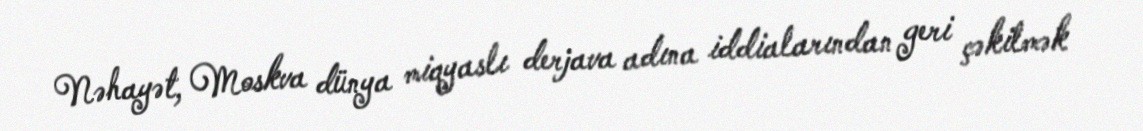
Nəhayət, Moskva dünya miqyaslı derjava adına iddialarından geri çəkilmək